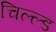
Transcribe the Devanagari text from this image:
चिल्ल्ड